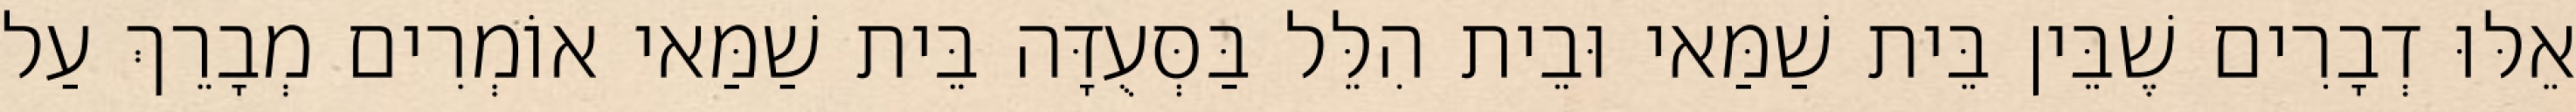
אֵלּוּ דְבָרִים שֶׁבֵּין בֵּית שַׁמַּאי וּבֵית הִלֵּל בַּסְּעֻדָּה בֵּית שַׁמַּאי אוֹמְרִים מְבָרֵךְ עַל